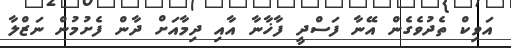
އަވިކް ތެދުވެގެން އޭނާ ފަސްދީ ފާޚާނާ އާއި ދިމާއަށް ދާން ފެށުމުން ނަޒްލާ